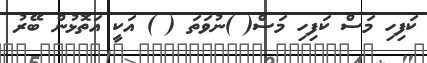
ކަފިހި މަސް ކަފިހި މަސް( )ނުވަތަ ( ) އަކީ އަތޮޅުން ބޭރު